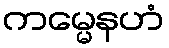
ကမ္မေနဟံ